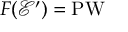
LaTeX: F ( { \mathcal { E } } ^ { \prime } ) = \operatorname { P W }